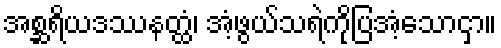
အစ္ဆရိယဒဿနတ္ထံ၊ အံ့ဖွယ်သရဲကိုပြအံ့သောငှာ။